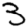
Digit: 3